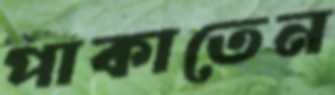
পাকাতেন